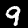
Digit: 9